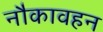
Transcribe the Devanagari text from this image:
नौकावहन